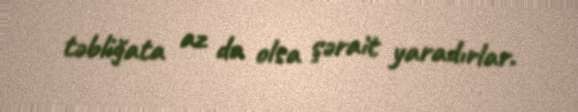
təbliğata az da olsa şərait yaradırlar.